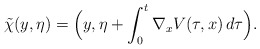
\begin{align*}\tilde{\chi}(y,\eta)=\Big(y, \eta+\int_0^t \nabla_x V(\tau,x)\, d\tau\Big).\end{align*}